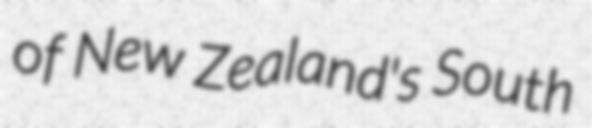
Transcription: of New Zealand's South